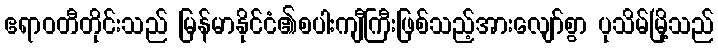
ဧရာဝတီတိုင်းသည် မြန်မာနိုင်ငံ၏စပါးကျီကြီးဖြစ်သည့်အားလျော်စွာ ပုသိမ်မြို့သည်